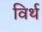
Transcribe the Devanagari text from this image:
विर्थ